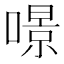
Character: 𠾶